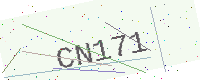
Text: CN171